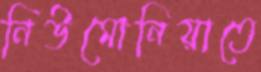
নিউমোনিয়াতে